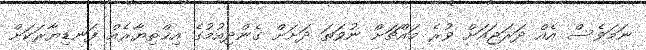
ނަމަވެސް އެއް ދަރަޖައަށް ވުރެ މައްޗަށް ނުވަތަ ދަށަށް ގެންދިއުމުގެ އިޚްތިޔާރެއް ފަނޑިޔާރަކަށް